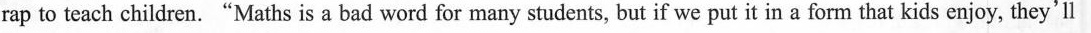
rap to teach children."Maths is a bad word for many students, but if we put it in a form that kids enjoy, they'll